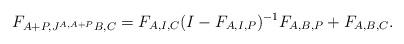
LaTeX: \begin{align*} F_{A+P,J^{A,A+P}B,C}=F_{A,I,C}(I-F_{A,I,P})^{-1}F_{A,B,P} +F_{A,B,C}.\end{align*}